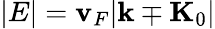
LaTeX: |E|=\mathbf{v}_{F}|\mathbf{{k}}\mp\mathbf{{K}}_{0}|